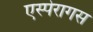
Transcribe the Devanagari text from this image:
एस्पेरागस